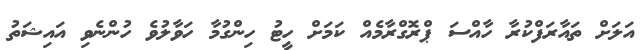
އަލަށް ތައާރަފްކުރާ ހާއްސަ ޕްރޮގްރާމެއް ކަމަށް ހީޓު ހިންގުމާ ހަވާލުވެ ހުންނެވި އައިޝަތު